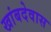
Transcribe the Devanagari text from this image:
खांबदेवास